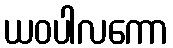
ယဝပါလကော